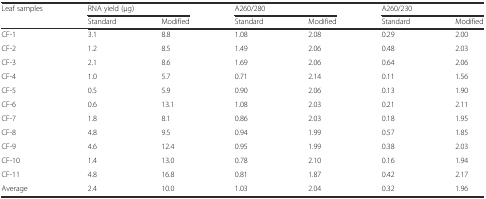
| Leaf samples | <COLSPAN=2> RNA yield (μg) | <COLSPAN=2> A260/280 | <COLSPAN=2> A260/230 |
 |  | Standard | Modified | Standard | Modified | Standard | Modified |
 | --- | --- | --- | --- | --- | --- | --- |
 | CF-1 | 3.1 | 8.8 | 1.08 | 2.08 | 0.29 | 2.00 |
 | CF-2 | 1.2 | 8.5 | 1.49 | 2.06 | 0.48 | 2.03 |
 | CF-3 | 2.1 | 8.6 | 1.69 | 2.06 | 0.64 | 2.06 |
 | CF-4 | 1.0 | 5.7 | 0.71 | 2.14 | 0.11 | 1.56 |
 | CF-5 | 0.5 | 5.9 | 0.90 | 2.06 | 0.13 | 1.90 |
 | CF-6 | 0.6 | 13.1 | 1.08 | 2.03 | 0.21 | 2.11 |
 | CF-7 | 1.8 | 8.1 | 0.86 | 2.03 | 0.18 | 1.95 |
 | CF-8 | 4.8 | 9.5 | 0.94 | 1.99 | 0.57 | 1.85 |
 | CF-9 | 4.6 | 12.4 | 0.95 | 1.99 | 0.38 | 2.03 |
 | CF-10 | 1.4 | 13.0 | 0.78 | 2.10 | 0.16 | 1.94 |
 | CF-11 | 4.8 | 16.8 | 0.81 | 1.87 | 0.42 | 2.17 |
 | Average | 2.4 | 10.0 | 1.03 | 2.04 | 0.32 | 1.96 |